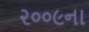
૨૦૦૯ના